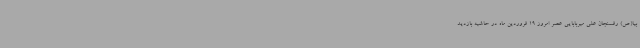
بیا(ص) رفسنجان علی میربابایی عصر امروز 19 فروردین ماه در حاشیه بازدید